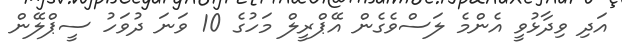
އަދި ވިދާޅުވީ އެންމެ ލަސްވެގެން އޭޕްރީލް މަހުގެ 10 ވަނަ ދުވަހު ސީޕްލޭން